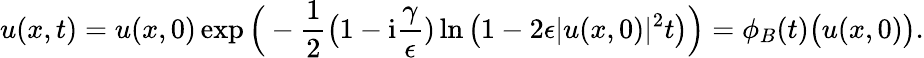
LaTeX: u(x,t)=u(x,0)\exp\Big(-\frac{1}{2}\big(1-\mathrm{i}\frac{\gamma}{\epsilon})\ln\big(1-2\epsilon\lvert u(x,0)\rvert^{2}t\big)\Big)=\phi_{B}(t)\big(u(x,0)\big).